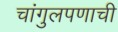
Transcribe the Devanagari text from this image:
चांगुलपणाची